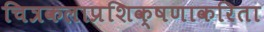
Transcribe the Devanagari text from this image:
चित्रकलाप्रशिक्षणाकरिता